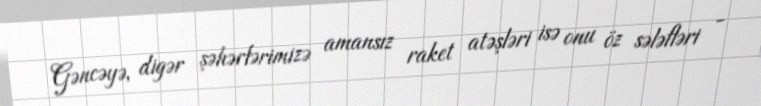
Gəncəyə, digər şəhərlərimizə amansız raket atəşləri isə onu öz sələfləri -